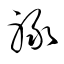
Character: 禄